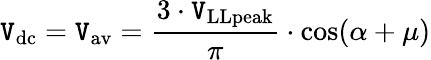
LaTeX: \mathtt{V}_{\mathrm{{dc}}}=\mathtt{V}_{\mathrm{{av}}}={\frac{{3\cdot\mathtt{V}_{\mathrm{{LLpeak}}}}}{{\pi}}}\cdot\cos(\alpha+\mu)